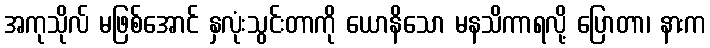
အကုသိုလ် မဖြစ်အောင် နှလုံးသွင်းတာကို ယောနိသော မနသိကာရလို့ ပြောတာ၊ နားက